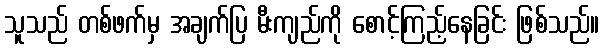
သူသည် တစ်ဖက်မှ အချက်ပြ မီးကျည်ကို စောင့်ကြည့်နေခြင်း ဖြစ်သည်။